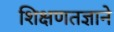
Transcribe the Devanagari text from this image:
शिक्षणतज्ञाने